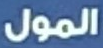
المول